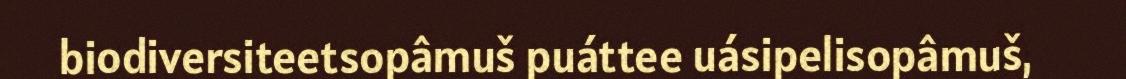
biodiversiteetsopâmuš puáttee uásipelisopâmuš,